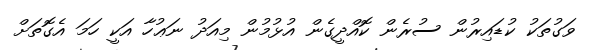
ވަގުތަކު ކުޑައިރުން ސުރެން ކޮއްދީގެން އުޅުމުން މިއަދު ނަޢުހާ އަކީ ހަމަ އެގޮތަށް